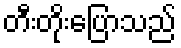
တီးတိုးပြောသည်